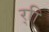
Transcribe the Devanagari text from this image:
र्‍ाि